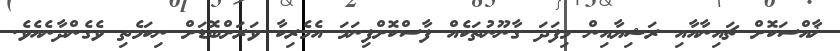
ޚާއްސަކޮށް ޗައިނާއާއި ރަޝިޔާއިން މިފަދަ ގާނޫނުތަކެއް ފާސްކޮށްފިނަމަ އެމެރިކާ ވަރަށްބޮޑަށް ނިކަމެތި ވެގެންދާނެއެވެ.